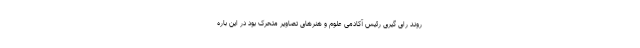
روند رای گیری رئیس آکادمی علوم و هنرهای تصاویر متحرک بود در این باره